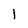
Character: 1